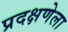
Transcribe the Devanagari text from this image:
प्रदक्षणेला